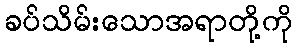
ခပ်သိမ်းသောအရာတို့ကို